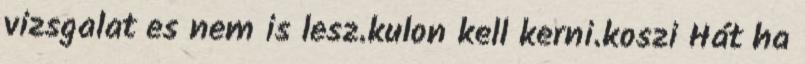
vizsgalat es nem is lesz.kulon kell kerni.koszi Hát ha